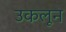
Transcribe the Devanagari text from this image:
उकलून